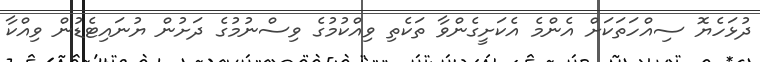
ދުޅަހެޔޮ ސިއްހަތަކަށް އެންމެ އެކަށީގެންވާ ތަކެތި ވިއްކުމުގެ ވިސްނުމުގެ ދަށުން ޔުނައިޓެޑުން ވިއްކާ